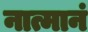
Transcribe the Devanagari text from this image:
नात्मानं